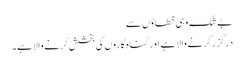
بے شک وہی خطاؤں سے
درگزر کرنے والا ہے اور گناہ گاروں کی بخشش کرنے والا ہے۔